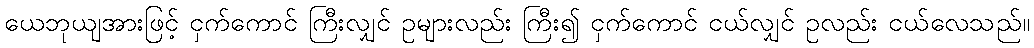
ယေဘုယျအားဖြင့် ငှက်ကောင် ကြီးလျှင် ဥများလည်း ကြီး၍ ငှက်ကောင် ငယ်လျှင် ဥလည်း ငယ်လေသည်။